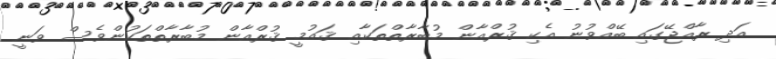
އަދި ރާއްޖޭގައި ބޭއްވުނު އެކި ޤުރްއާން މުބާރާތްތަކާއި ޤައުމީ ޤުރްއާން މުބާރާތްތަކުންވެސް ވަނީ